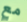
مع